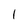
Character: 1